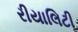
રીયાલિટી